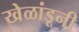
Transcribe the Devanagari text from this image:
खेळांडूनी